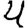
Digit: 4